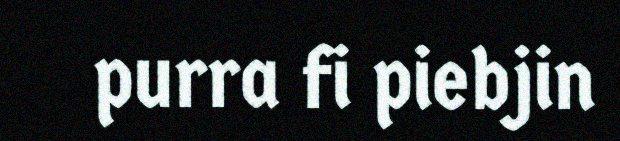
purra fi piebjin